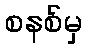
စနစ်မှ